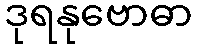
ဒုရနုဗောဓာ